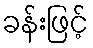
ခန်းဖြင့်